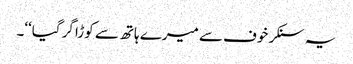
یہ سنکر خوف سے میرے ہاتھ سے کوڑا گر گیا‘‘۔